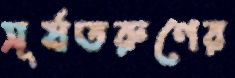
সূর্যতরুণের